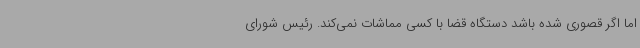
اما اگر قصوری شده باشد دستگاه قضا با کسی مماشات نمی‌کند. رئیس شورای